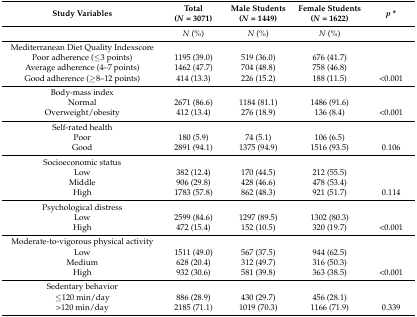
<table><thead><tr><td><b>Study Variables</b></td><td><b>Total (<i>N</i> = 3071)</b></td><td><b>Male Students (<i>N</i> = 1449)</b></td><td><b>Female Students (<i>N</i> = 1622)</b></td><td><b><i>p</i> *</b></td></tr></thead><tbody><tr><td></td><td><i>N</i> (%)</td><td><i>N</i> (%)</td><td><i>N</i> (%)</td><td></td></tr><tr><td>Mediterranean Diet Quality Indexscore</td><td></td><td></td><td></td><td></td></tr><tr><td>Poor adherence (≤3 points)</td><td>1195 (39.0)</td><td>519 (36.0) </td><td>676 (41.7)</td><td></td></tr><tr><td>Average adherence (4–7 points)</td><td>1462 (47.7)</td><td>704 (48.8)</td><td>758 (46.8)</td><td></td></tr><tr><td>Good adherence (≥8–12 points)</td><td>414 (13.3)</td><td>226 (15.2)</td><td>188 (11.5)</td><td>&lt;0.001</td></tr><tr><td>Body-mass index</td><td></td><td></td><td></td><td></td></tr><tr><td>Normal</td><td>2671 (86.6)</td><td>1184 (81.1)</td><td>1486 (91.6)</td><td></td></tr><tr><td>Overweight/obesity</td><td>412 (13.4)</td><td>276 (18.9)</td><td>136 (8.4)</td><td>&lt;0.001</td></tr><tr><td>Self-rated health</td><td></td><td></td><td></td><td></td></tr><tr><td>Poor</td><td>180 (5.9)</td><td>74 (5.1)</td><td>106 (6.5)</td><td></td></tr><tr><td>Good</td><td>2891 (94.1)</td><td>1375 (94.9)</td><td>1516 (93.5)</td><td>0.106</td></tr><tr><td>Socioeconomic status</td><td></td><td></td><td></td><td></td></tr><tr><td>Low</td><td>382 (12.4)</td><td>170 (44.5)</td><td>212 (55.5)</td><td></td></tr><tr><td>Middle</td><td>906 (29.8)</td><td>428 (46.6)</td><td>478 (53.4)</td><td></td></tr><tr><td>High</td><td>1783 (57.8)</td><td>862 (48.3)</td><td>921 (51.7)</td><td>0.114</td></tr><tr><td>Psychological distress</td><td></td><td></td><td></td><td></td></tr><tr><td>Low</td><td>2599 (84.6)</td><td>1297 (89.5)</td><td>1302 (80.3)</td><td></td></tr><tr><td>High</td><td>472 (15.4)</td><td>152 (10.5)</td><td>320 (19.7)</td><td>&lt;0.001</td></tr><tr><td>Moderate-to-vigorous physical activity</td><td></td><td></td><td></td><td></td></tr><tr><td>Low</td><td>1511 (49.0)</td><td>567 (37.5)</td><td>944 (62.5)</td><td></td></tr><tr><td>Medium</td><td>628 (20.4)</td><td>312 (49.7)</td><td>316 (50.3)</td><td></td></tr><tr><td>High</td><td>932 (30.6)</td><td>581 (39.8)</td><td>363 (38.5)</td><td>&lt;0.001</td></tr><tr><td>Sedentary behavior</td><td></td><td></td><td></td><td></td></tr><tr><td>≤120 min/day</td><td>886 (28.9)</td><td>430 (29.7)</td><td>456 (28.1)</td><td></td></tr><tr><td>&gt;120 min/day</td><td>2185 (71.1)</td><td>1019 (70.3)</td><td>1166 (71.9)</td><td>0.339</td></tr></tbody></table>